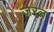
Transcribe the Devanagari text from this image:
जेरल